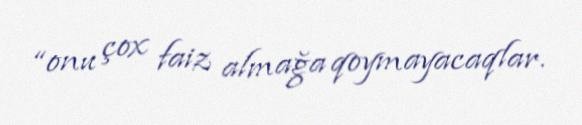
“onu çox faiz almağa qoymayacaqlar.